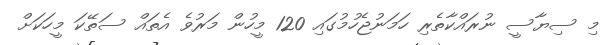
މި ސިޔާސީ ނުރައްކާތެރި ހަމަނުޖެހުމުގައި 120 މީހުން މަރުވެ އެތައް ސަތޭކަ މީހަކަށް